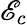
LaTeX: \mathscr{E}_{c}